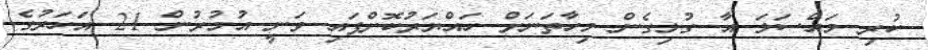
ކުރި މައްސަލަ އާ ގުޅިގެން މިހާތަނަށް ހައްޔަރުކޮށްފައި ވަނީ އުމުރުން 21 އަހަރުގެ